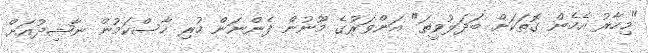
"މިހާރު އެހެން ގޮތަކަށް ބަދަލުވީތަ" އަންވަރުގެ މޫނުން ފެންނަން ހުރި ހާސްކަމުން ނާޝިދުއަށް